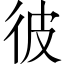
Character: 彼